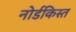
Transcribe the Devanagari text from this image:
नोर्डकिस्त